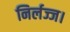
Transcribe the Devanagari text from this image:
निर्लज्ज।